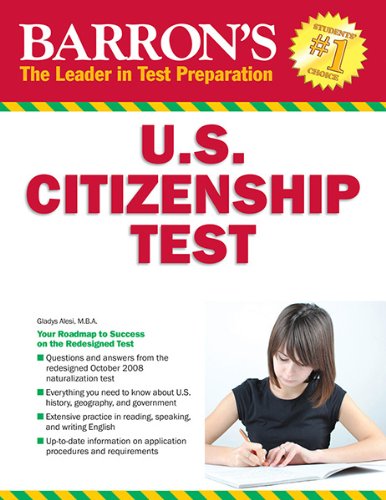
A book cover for Barron's U.S. Citizenship Test, 8th Edition; Gladys E. Alesi M.B.A.; Test Preparation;